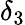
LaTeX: \delta_{3}